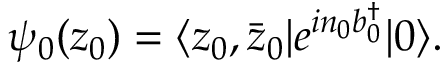
\psi _ { 0 } ( z _ { 0 } ) = \langle z _ { 0 } , \bar { z } _ { 0 } \vert e ^ { i n _ { 0 } b _ { 0 } ^ { \dagger } } \vert 0 \rangle .